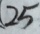
2 5